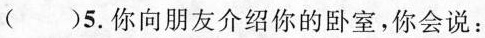
()5.你向朋友介绍你的卧室，你会说：